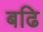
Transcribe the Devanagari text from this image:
बढि